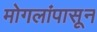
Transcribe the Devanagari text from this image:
मोगलांपासून